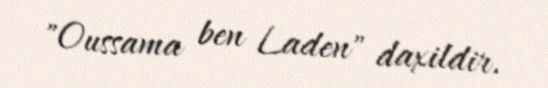
"Oussama ben Laden" daxildir.